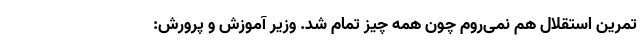
تمرین استقلال هم نمی‌روم چون همه چیز تمام شد. وزیر آموزش و پرورش: